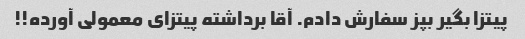
پیتزا بگیر بپز سفارش دادم. آقا برداشته پیتزای معمولی آورده!!